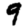
Digit: 9